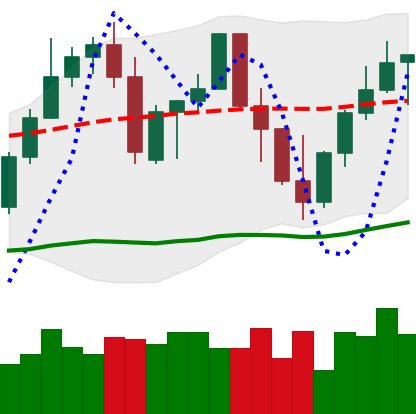
Ticker: LINK-USD
Chart end date: 2022-09-26
Forward return: -6.824%
Label: down_5_7